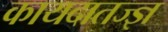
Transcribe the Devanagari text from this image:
कायदातज्ज्ञ